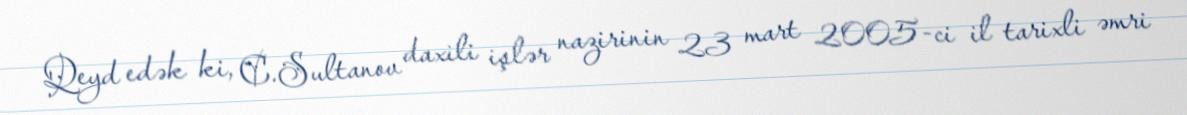
Qeyd edək ki, C.Sultanov daxili işlər nazirinin 23 mart 2005-ci il tarixli əmri